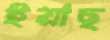
ইয়াছ